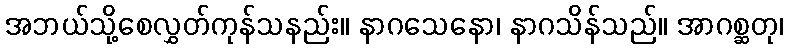
အဘယ်သို့စေလွှတ်ကုန်သနည်း။ နာဂသေနော၊ နာဂသိန်သည်။ အာဂစ္ဆတု၊